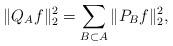
LaTeX: \begin{align*} \|Q_A f\|_2^2 = \sum_{B \subset A} \|P_B f\|_2^2,\end{align*}